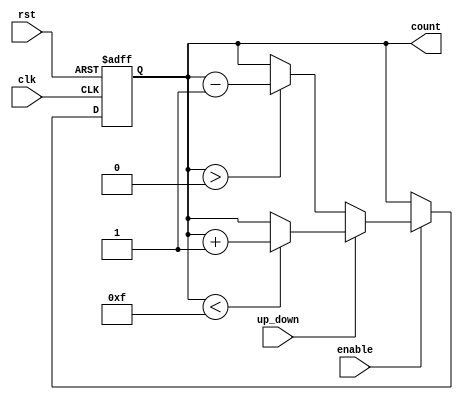
module UpDownCounter (
    input wire clk,           // Clock signal
    input wire rst,           // Reset signal
    input wire up_down,       // Up/Down control signal (1 for up, 0 for down)
    input wire enable,        // Enable signal for counting
    output reg [3:0] count    // 4-bit counter output (adjust width as needed)
);

    // Define the maximum and minimum values for the counter
    localparam MAX_COUNT = 4'b1111; // 15 for 4-bit counter
    localparam MIN_COUNT = 4'b0000; // 0 for 4-bit counter

    // Synchronous process for counting
    always @(posedge clk or posedge rst) begin
        if (rst) begin
            count <= MIN_COUNT; // Reset the counter to 0
        end else if (enable) begin
            if (up_down) begin
                // Count up
                if (count < MAX_COUNT) begin
                    count <= count + 1; // Increment the count
                end
                // If count reaches MAX_COUNT, it wraps around to MIN_COUNT
            end else begin
                // Count down
                if (count > MIN_COUNT) begin
                    count <= count - 1; // Decrement the count
                end
                // If count reaches MIN_COUNT, it wraps around to MAX_COUNT
            end
        end
    end

endmodule